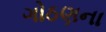
ગોઠણના